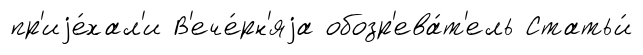
пр'иjе́хал'и В'ече́рн'яjа обозр'ева́т'ель Статьи́